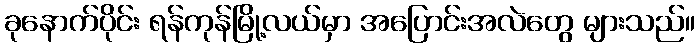
ခုနောက်ပိုင်း ရန်ကုန်မြို့လယ်မှာ အပြောင်းအလဲတွေ များသည်။